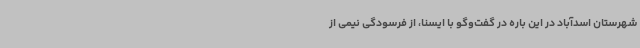
شهرستان اسدآباد در این باره در گفت‌وگو با ایسنا، از فرسودگی نیمی از